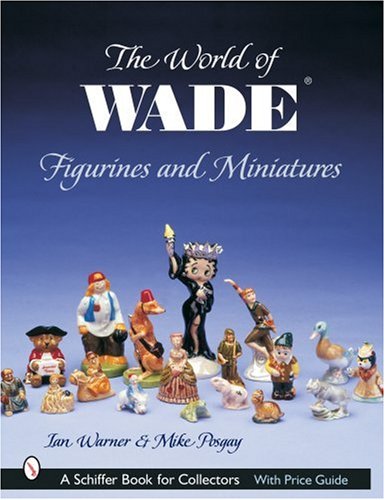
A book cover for The World of Wade Figurines And Miniatures (Schiffer Book for Collectors); Ian Warner; Crafts, Hobbies & Home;